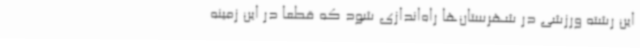
این رشته ورزشی در شهرستان‌ها راه‌اندازی شود که قطعا در این زمینه